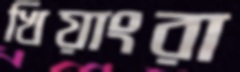
খিয়াংরা